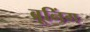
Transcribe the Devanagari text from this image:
ब्रूनिंग